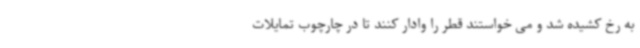
به رخ کشیده شد و می خواستند قطر را وادار کنند تا در چارچوب تمایلات